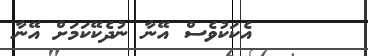
٧      އެކަކުވެސް އޭނާ ނުދެކޭކަމަށް އޭނާ